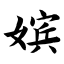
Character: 嫔